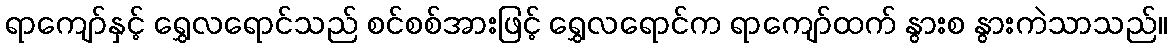
ရာကျော်နှင့် ရွှေလရောင်သည် စင်စစ်အားဖြင့် ရွှေလရောင်က ရာကျော်ထက် နွားစ နွားကဲသာသည်။